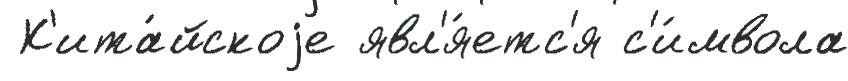
 К'ита́йскоjе явл'я́етс'я с'и́мвола